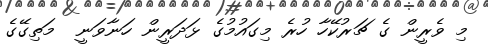
މި ވެރީން ގެ ޗަރުކޭހާ ހުރެ މިގައުމުގެ ޅަދަރީން ހަނާވަނީ  މަތިގޭގެ